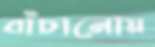
বাঁচানোয়